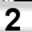
Digit: 2